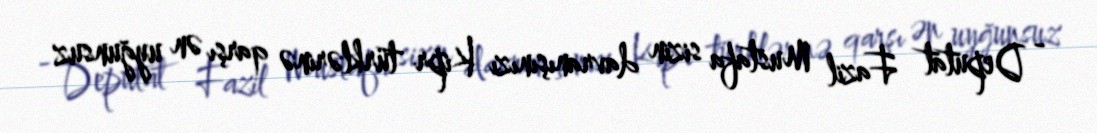
- Deputat Fazil Mustafa sizin davranışınızı Kipr türklərinə qarşı ən uyğunsuz